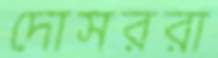
দোসররা